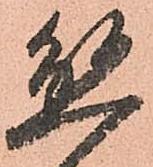
懸